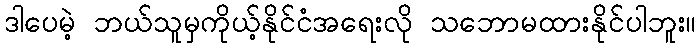
ဒါပေမဲ့ ဘယ်သူမှကိုယ့်နိုင်ငံအရေးလို သဘောမထားနိုင်ပါဘူး။